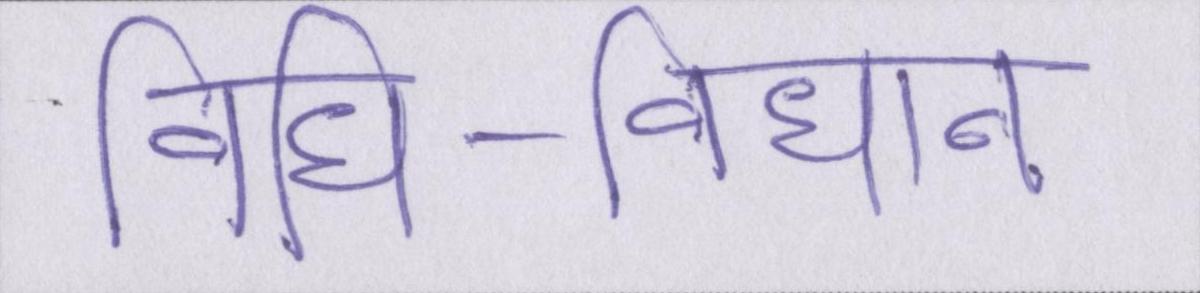
विधि-विधान